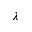
\lambda